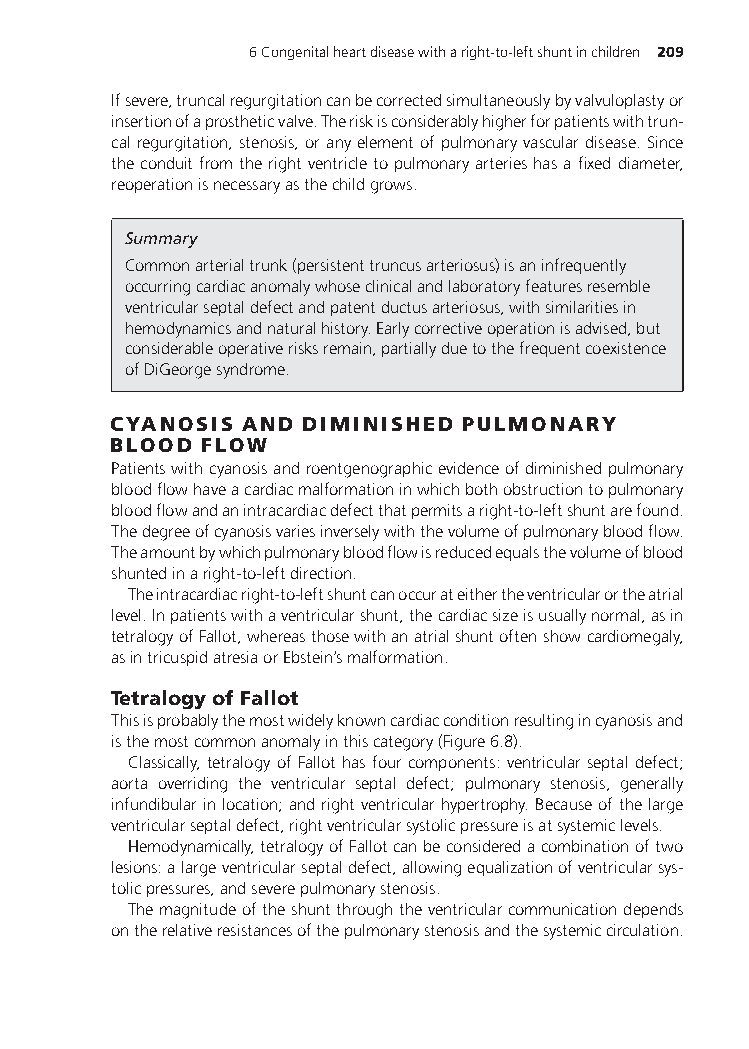
6Congenitalheartdiseasewitharight-to-leftshuntinchildren 209
 Ifsevere,truncalregurgitationcanbecorrectedsimultaneouslybyvalvuloplastyor
 insertionofaprostheticvalve.Theriskisconsiderablyhigherforpatientswithtrun-
 calregurgitation,stenosis,oranyelementofpulmonaryvasculardisease.Since
 theconduitfromtherightventricletopulmonaryarterieshasafixeddiameter,
 reoperationisnecessaryasthechildgrows.
 Summary
 Commonarterialtrunk(persistenttruncusarteriosus)isaninfrequently
 occurringcardiacanomalywhoseclinicalandlaboratoryfeaturesresemble
 ventricularseptaldefectandpatentductusarteriosus,withsimilaritiesin
 hemodynamicsandnaturalhistory.Earlycorrectiveoperationisadvised,but
 considerableoperativerisksremain,partiallyduetothefrequentcoexistence
 ofDiGeorgesyndrome.
 CYANOSIS AND DIMINISHED PULMONARY
 BLOOD FLOW
 Patientswithcyanosisandroentgenographicevidenceofdiminishedpulmonary
 bloodflowhaveacardiacmalformationinwhichbothobstructiontopulmonary
 bloodflowandanintracardiacdefectthatpermitsaright-to-leftshuntarefound.
 Thedegreeofcyanosisvariesinverselywiththevolumeofpulmonarybloodflow.
 Theamountbywhichpulmonarybloodflowisreducedequalsthevolumeofblood
 shuntedinaright-to-leftdirection.
 Theintracardiacright-to-leftshuntcanoccurateithertheventricularortheatrial
 level.Inpatientswithaventricularshunt,thecardiacsizeisusuallynormal,asin
 tetralogyofFallot,whereasthosewithanatrialshuntoftenshowcardiomegaly,
 asintricuspidatresiaorEbstein’smalformation.
 TetralogyofFallot
 Thisisprobablythemostwidelyknowncardiacconditionresultingincyanosisand
 isthemostcommonanomalyinthiscategory(Figure6.8).
 Classically, tetralogy of Fallot has four components: ventricular septal defect;
 aorta overriding the ventricular septal defect; pulmonary stenosis, generally
 infundibularinlocation;andrightventricularhypertrophy.Becauseofthelarge
 ventricularseptaldefect,rightventricularsystolicpressureisatsystemiclevels.
 Hemodynamically,tetralogyofFallotcanbeconsideredacombinationoftwo
 lesions:alargeventricularseptaldefect,allowingequalizationofventricularsys-
 tolicpressures,andseverepulmonarystenosis.
 Themagnitudeoftheshuntthroughtheventricularcommunicationdepends
 ontherelativeresistancesofthepulmonarystenosisandthesystemiccirculation.